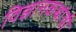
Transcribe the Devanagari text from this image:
विज्ञानकथांची